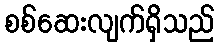
စစ်ဆေးလျက်ရှိသည်